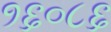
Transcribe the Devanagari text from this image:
१६०८६